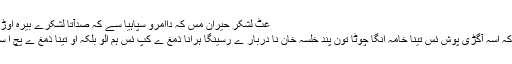
غٹ لشکر حیران مس کہ داامرو سپاہیا سے کہ صدآتا لشکرے بیرہ اوڑکن تورینگانے :
سُہب تون خنار کہ اسہ آگڑی پُوش ئس تینا خامہ انگا چوٹا تون پند خلسہ خان نا دربار ے رسینگا ہرانا ذمغ ے کِپ ئس ہم الو بلکہ او تینا ذَمغ ے پُچ ا سے ٹی پیڑاسس ۔